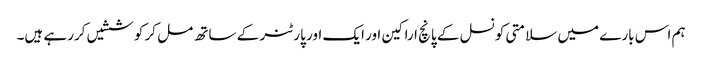
ہم اس بارے میں سلامتی کونسل کے پانچ اراکین اور ایک اور پارٹنر کے ساتھ مل کر کوششیں کررہے ہیں۔